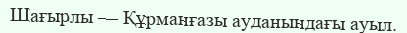
Шағырлы — Құрманғазы ауданындағы ауыл.